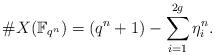
LaTeX: \begin{align*} \#X(\mathbb F_{q^{n}})=(q^{n}+1)- \sum\limits_{i=1}^{2g}\eta_i^n. \end{align*}